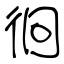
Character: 徊